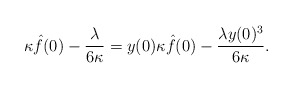
\begin{align*} \kappa\hat{f}(0)-\frac{\lambda}{6\kappa}=y(0)\kappa\hat{f}(0)-\frac{\lambda y(0)^3}{6\kappa}.\end{align*}